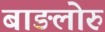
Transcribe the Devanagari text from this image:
बाङलोरु